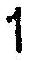
1